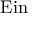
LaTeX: \operatorname { E i n }